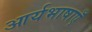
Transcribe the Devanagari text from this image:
आर्यभाषाएँ